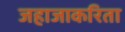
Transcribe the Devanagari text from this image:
जहाजाकरिता